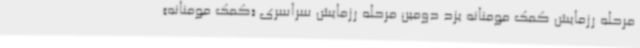
مرحله رزمایش کمک مومنانه یزد دومین مرحله رزمایش سراسری «کمک مومنانه»